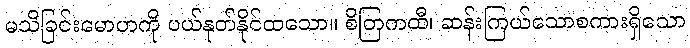
မသိခြင်းမောဟကို ပယ်နုတ်နိုင်ထသော။ စိတြကထီ၊ ဆန်းကြယ်သောစကားရှိသော